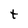
Character: t